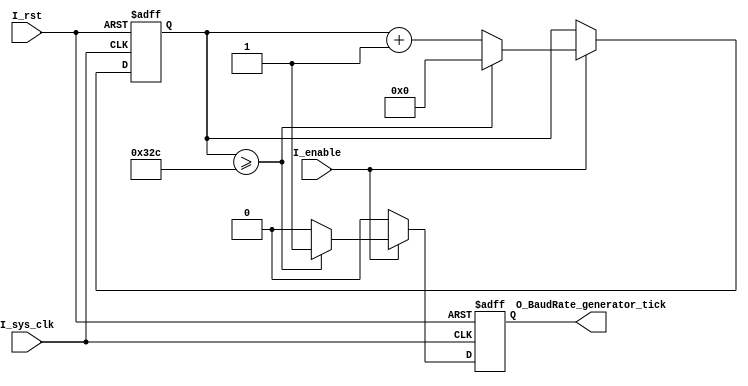
`timescale 1ns / 1ps
//////////////////////////////////////////////////////////////////////////////////
// Company: 
// Engineer: 
// 
// Design Name: 
// Module Name: UART_BAUDRATE_GEN
// Project Name: 
// Target Devices: 
// Tool Versions: 
// Description: 
// 
// Dependencies: 
// 
// Revision:
// Revision 0.01 - File Created
// Additional Comments: 
// 
//////////////////////////////////////////////////////////////////////////////////
module UART_BAUDRATE_GEN #(parameter BAUD_RATE = 9600)
(
    input I_sys_clk, //125mhz
    input I_rst,
    input I_enable,

    output reg O_BaudRate_generator_tick
);

//----------------------------------------------------

//((clk freq/(desired freq x sampling rate))-1)
localparam BAUD_RATE_DELIMITER = ((125_000_000/(BAUD_RATE*16))-1);

reg [$clog2(BAUD_RATE_DELIMITER) - 1:0] baud_counter_reg, baud_counter_reg_next;
reg                                     O_BaudRate_generator_tick_next;

//---------------------Sequential Logic----------------------------------------------
always@(posedge I_sys_clk, posedge I_rst)
begin
    
    if(I_rst == 1)
    begin

    baud_counter_reg          <= 0;
    O_BaudRate_generator_tick <= 0;

    end
    
    else
    begin
    
    baud_counter_reg          <= baud_counter_reg_next;
    O_BaudRate_generator_tick <= O_BaudRate_generator_tick_next;
    
    end

end

//-------------------------Combinatorial Logic--------------------------------------------
always@(*)
begin

    baud_counter_reg_next          = baud_counter_reg;
    O_BaudRate_generator_tick_next = 0;
    
    if(I_enable == 1)
    begin

          if(baud_counter_reg >= BAUD_RATE_DELIMITER) 
          begin

            baud_counter_reg_next          = 0;
            O_BaudRate_generator_tick_next = 1;
            
            end
        
          else
          begin
            
            baud_counter_reg_next = baud_counter_reg+1;
            
          end

    end
end
endmodule